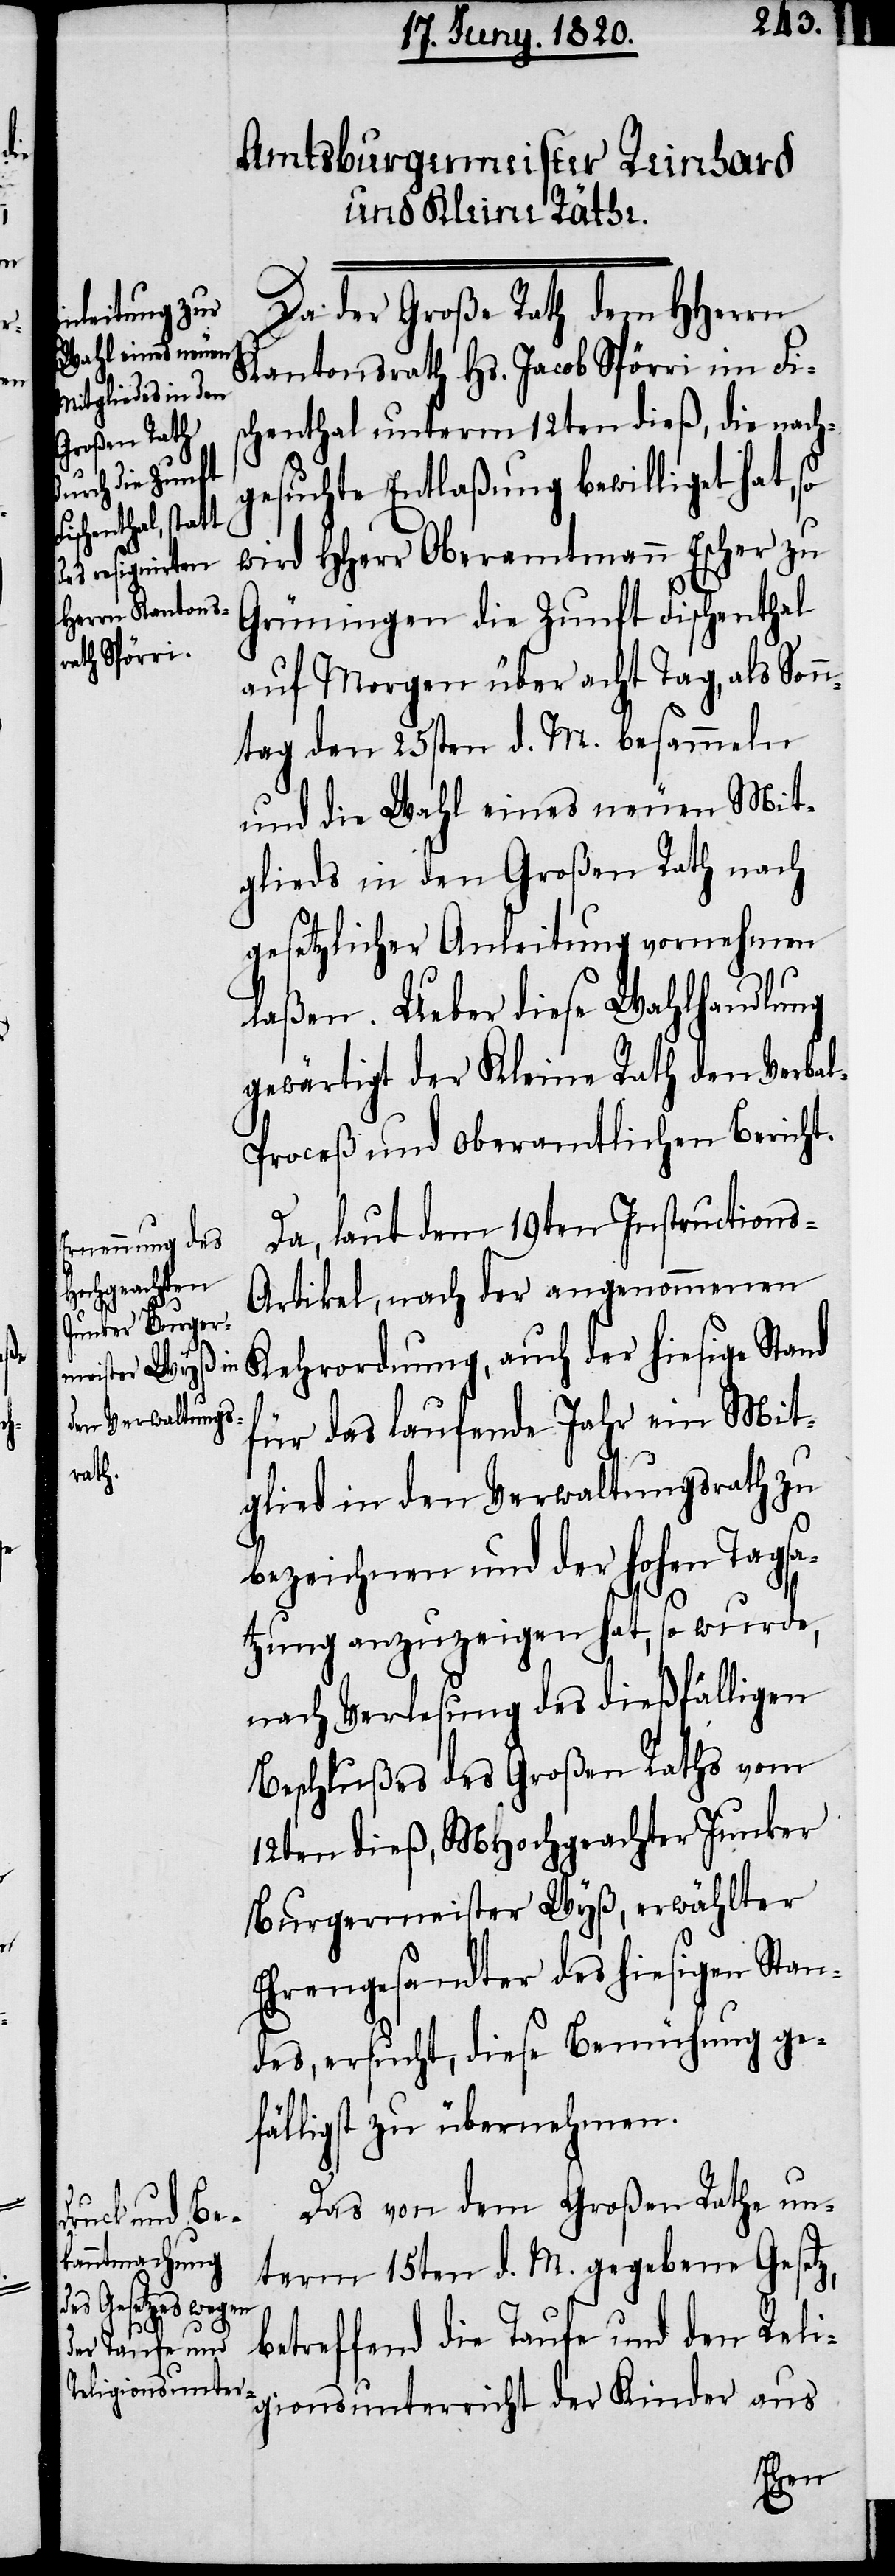
Da der Große Rath dem HHerrn
Kantonsrath Hs. Jacob Spörri im Fi¬
schenthal unterm 12ten dieß, die nach¬
gesuchte Entlaßung bewilliget hat, so
wird HHerr Oberamtmann Escher zu
Grüningen die Zunft Fischenthal
auf Morgen über acht Tag, als Sonn¬
tag den 25sten d. M. besammeln
und die Wahl eines neuen Mit¬
glieds in den Großen Rath nach
gesetzlicher Anleitung vernehmen
laßen. Ueber diese Wahlhandlung
gewärtigt der Kleine Rath dem Verba¬
l-Proceß und oberamtlichen Bericht.
Da, laut dem 19ten Instructions-A¬
rtikel, nach der angenommenen
Kehrordnung, auch der hiesige Stand
für das laufende Jahr ein Mit¬
glied in den Verwaltungsrath zu
bezeichnen und der hohen Tagsa¬
tzung anzuzeigen hat, so wurde,
nach Verlesung des dießfälligen
Beschlußes des Großen Raths vom
12ten dieß, MHochgeachter Junker
Burgermeister Wyß, erwählter
Ehrengesandter des hiesigen Stan¬
des, ersucht, diese Bemühung ge¬
fälligst zu übernehmen.
Das von dem Großen Rathe un¬
term 15ten d. M. gegebene Gesetz,
betreffend die Taufe und den Reli¬
gionsunterricht der Kinder aus